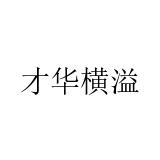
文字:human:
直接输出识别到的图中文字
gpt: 才华横溢